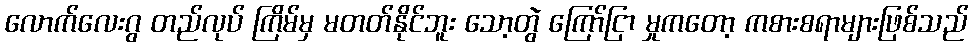
လောက်လေးဂွ တည်လုပ် ကြိမ်မှ မတတ်နိုင်ဘူး သော့တွဲ ကြော်ငြာ မှုကတော့ ကစားစရာများဖြစ်သည်